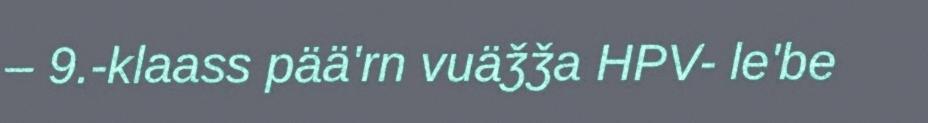
– 9.-klaass pää'rn vuäǯǯa HPV- le'be